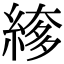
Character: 䋾